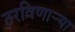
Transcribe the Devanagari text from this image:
ठरविणार्‍या